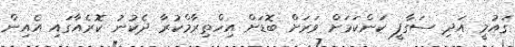
ގައުމީ އަދި ސަގާފީ ކަންކަމަށް ވަރަށް ބޮޑަށް އިހްތިރާމްކުރާ ދެކުނު ކޮރެއާގައި އެއިން